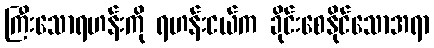
ကြီးသောရဟန်းကို ရဟန်းငယ်က ခိုင်းစေနိုင်သောအရာ